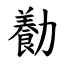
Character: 㔦